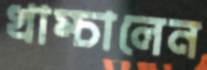
খাম্‌চালেন